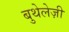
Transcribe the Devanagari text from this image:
बुथेलेज़ी